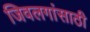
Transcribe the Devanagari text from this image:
जिवलगांसाठी